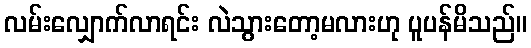
လမ်းလျှောက်လာရင်း လဲသွားတော့မလားဟု ပူပန်မိသည်။